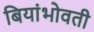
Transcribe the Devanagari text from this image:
बियांभोवती